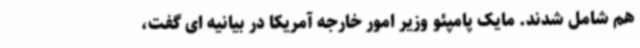
هم شامل شدند. مایک پامپئو وزیر امور خارجه آمریکا در بیانیه ای گفت،